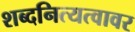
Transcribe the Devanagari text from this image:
शब्दनित्यत्वावर